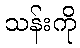
သန်းကို